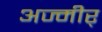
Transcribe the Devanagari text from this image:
अज्मीर्